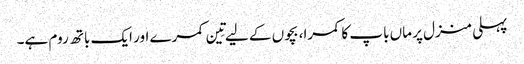
پہلی منزل پر ماں باپ کا کمرا، بچوں کے لیے تِین کمرے اور ایک باتھ روم ہے۔